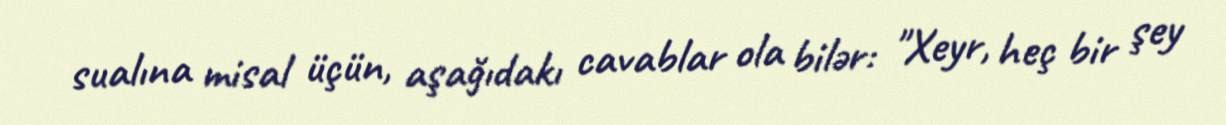
sualına misal üçün, aşağıdakı cavablar ola bilər: "Xeyr, heç bir şey